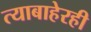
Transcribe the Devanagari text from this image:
त्याबाहेरही